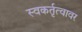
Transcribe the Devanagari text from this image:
स्वकर्तृत्वावर